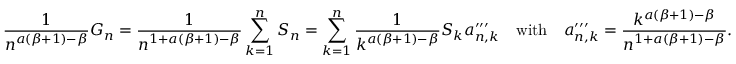
\frac { 1 } { n ^ { a ( \beta + 1 ) - \beta } } G _ { n } = \frac { 1 } { n ^ { 1 + a ( \beta + 1 ) - \beta } } \sum _ { k = 1 } ^ { n } S _ { n } = \sum _ { k = 1 } ^ { n } \frac { 1 } { k ^ { a ( \beta + 1 ) - \beta } } S _ { k } a _ { n , k } ^ { \prime \prime \prime } \quad \mathrm { w i t h } \quad a _ { n , k } ^ { \prime \prime \prime } = \frac { k ^ { a ( \beta + 1 ) - \beta } } { n ^ { 1 + a ( \beta + 1 ) - \beta } } .